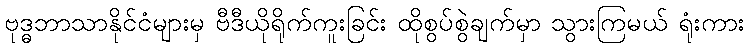
ဗုဒ္ဓဘာသာနိုင်ငံများမှ ဗီဒီယိုရိုက်ကူးခြင်း ထိုစွပ်စွဲချက်မှာ သွားကြမယ် ရုံးကား